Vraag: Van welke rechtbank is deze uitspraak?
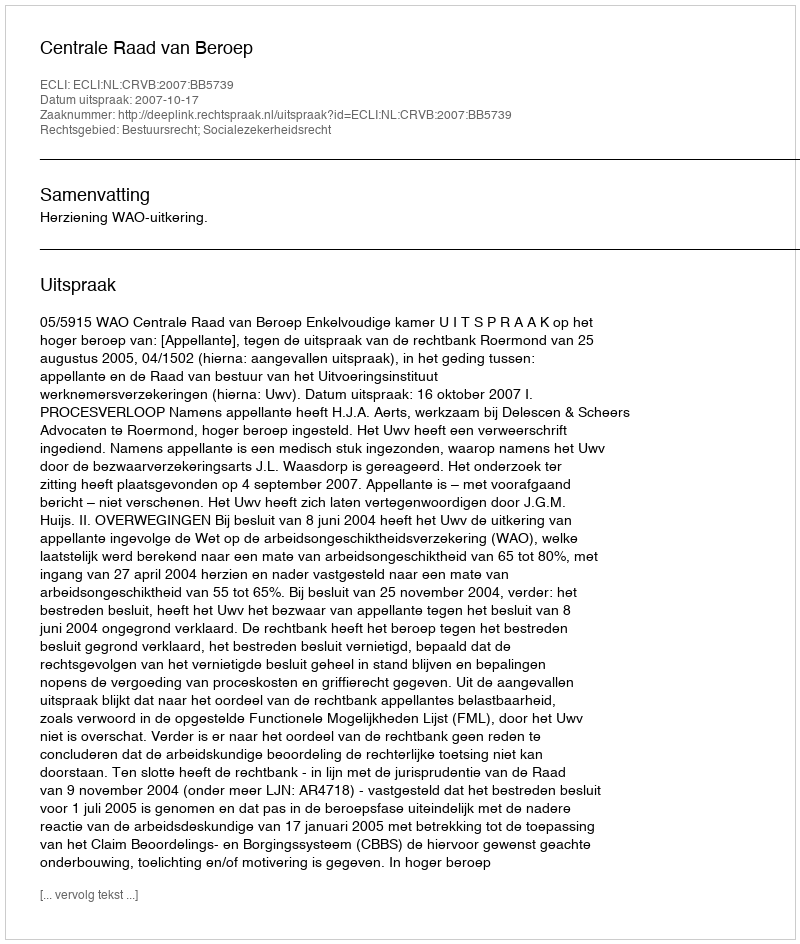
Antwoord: Centrale Raad van Beroep